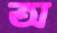
অ